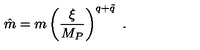
\hat { m } = m \left( { \frac { \xi } { M _ { P } } } \right) ^ { q + \tilde { q } } \ .